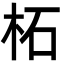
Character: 柘